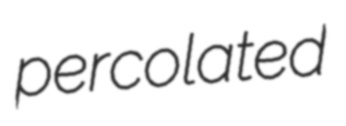
percolated